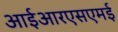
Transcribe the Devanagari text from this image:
आईआरएसएमई